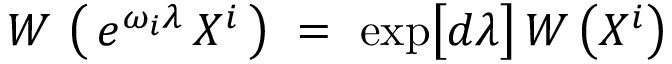
W \, \left( \, e ^ { \omega _ { i } \lambda } \, X ^ { i } \, \right) ~ = ~ \exp \bigl [ d \lambda \bigr ] \, W \left( X ^ { i } \right)